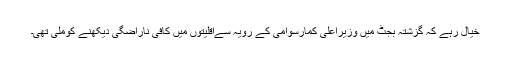
خیال رہے کہ گزشتہ بجٹ میں وزیراعلی کمارسوامی کے رویہ سےاقلیتوں میں کافی ناراضگی دیکھنے کوملی تھی۔